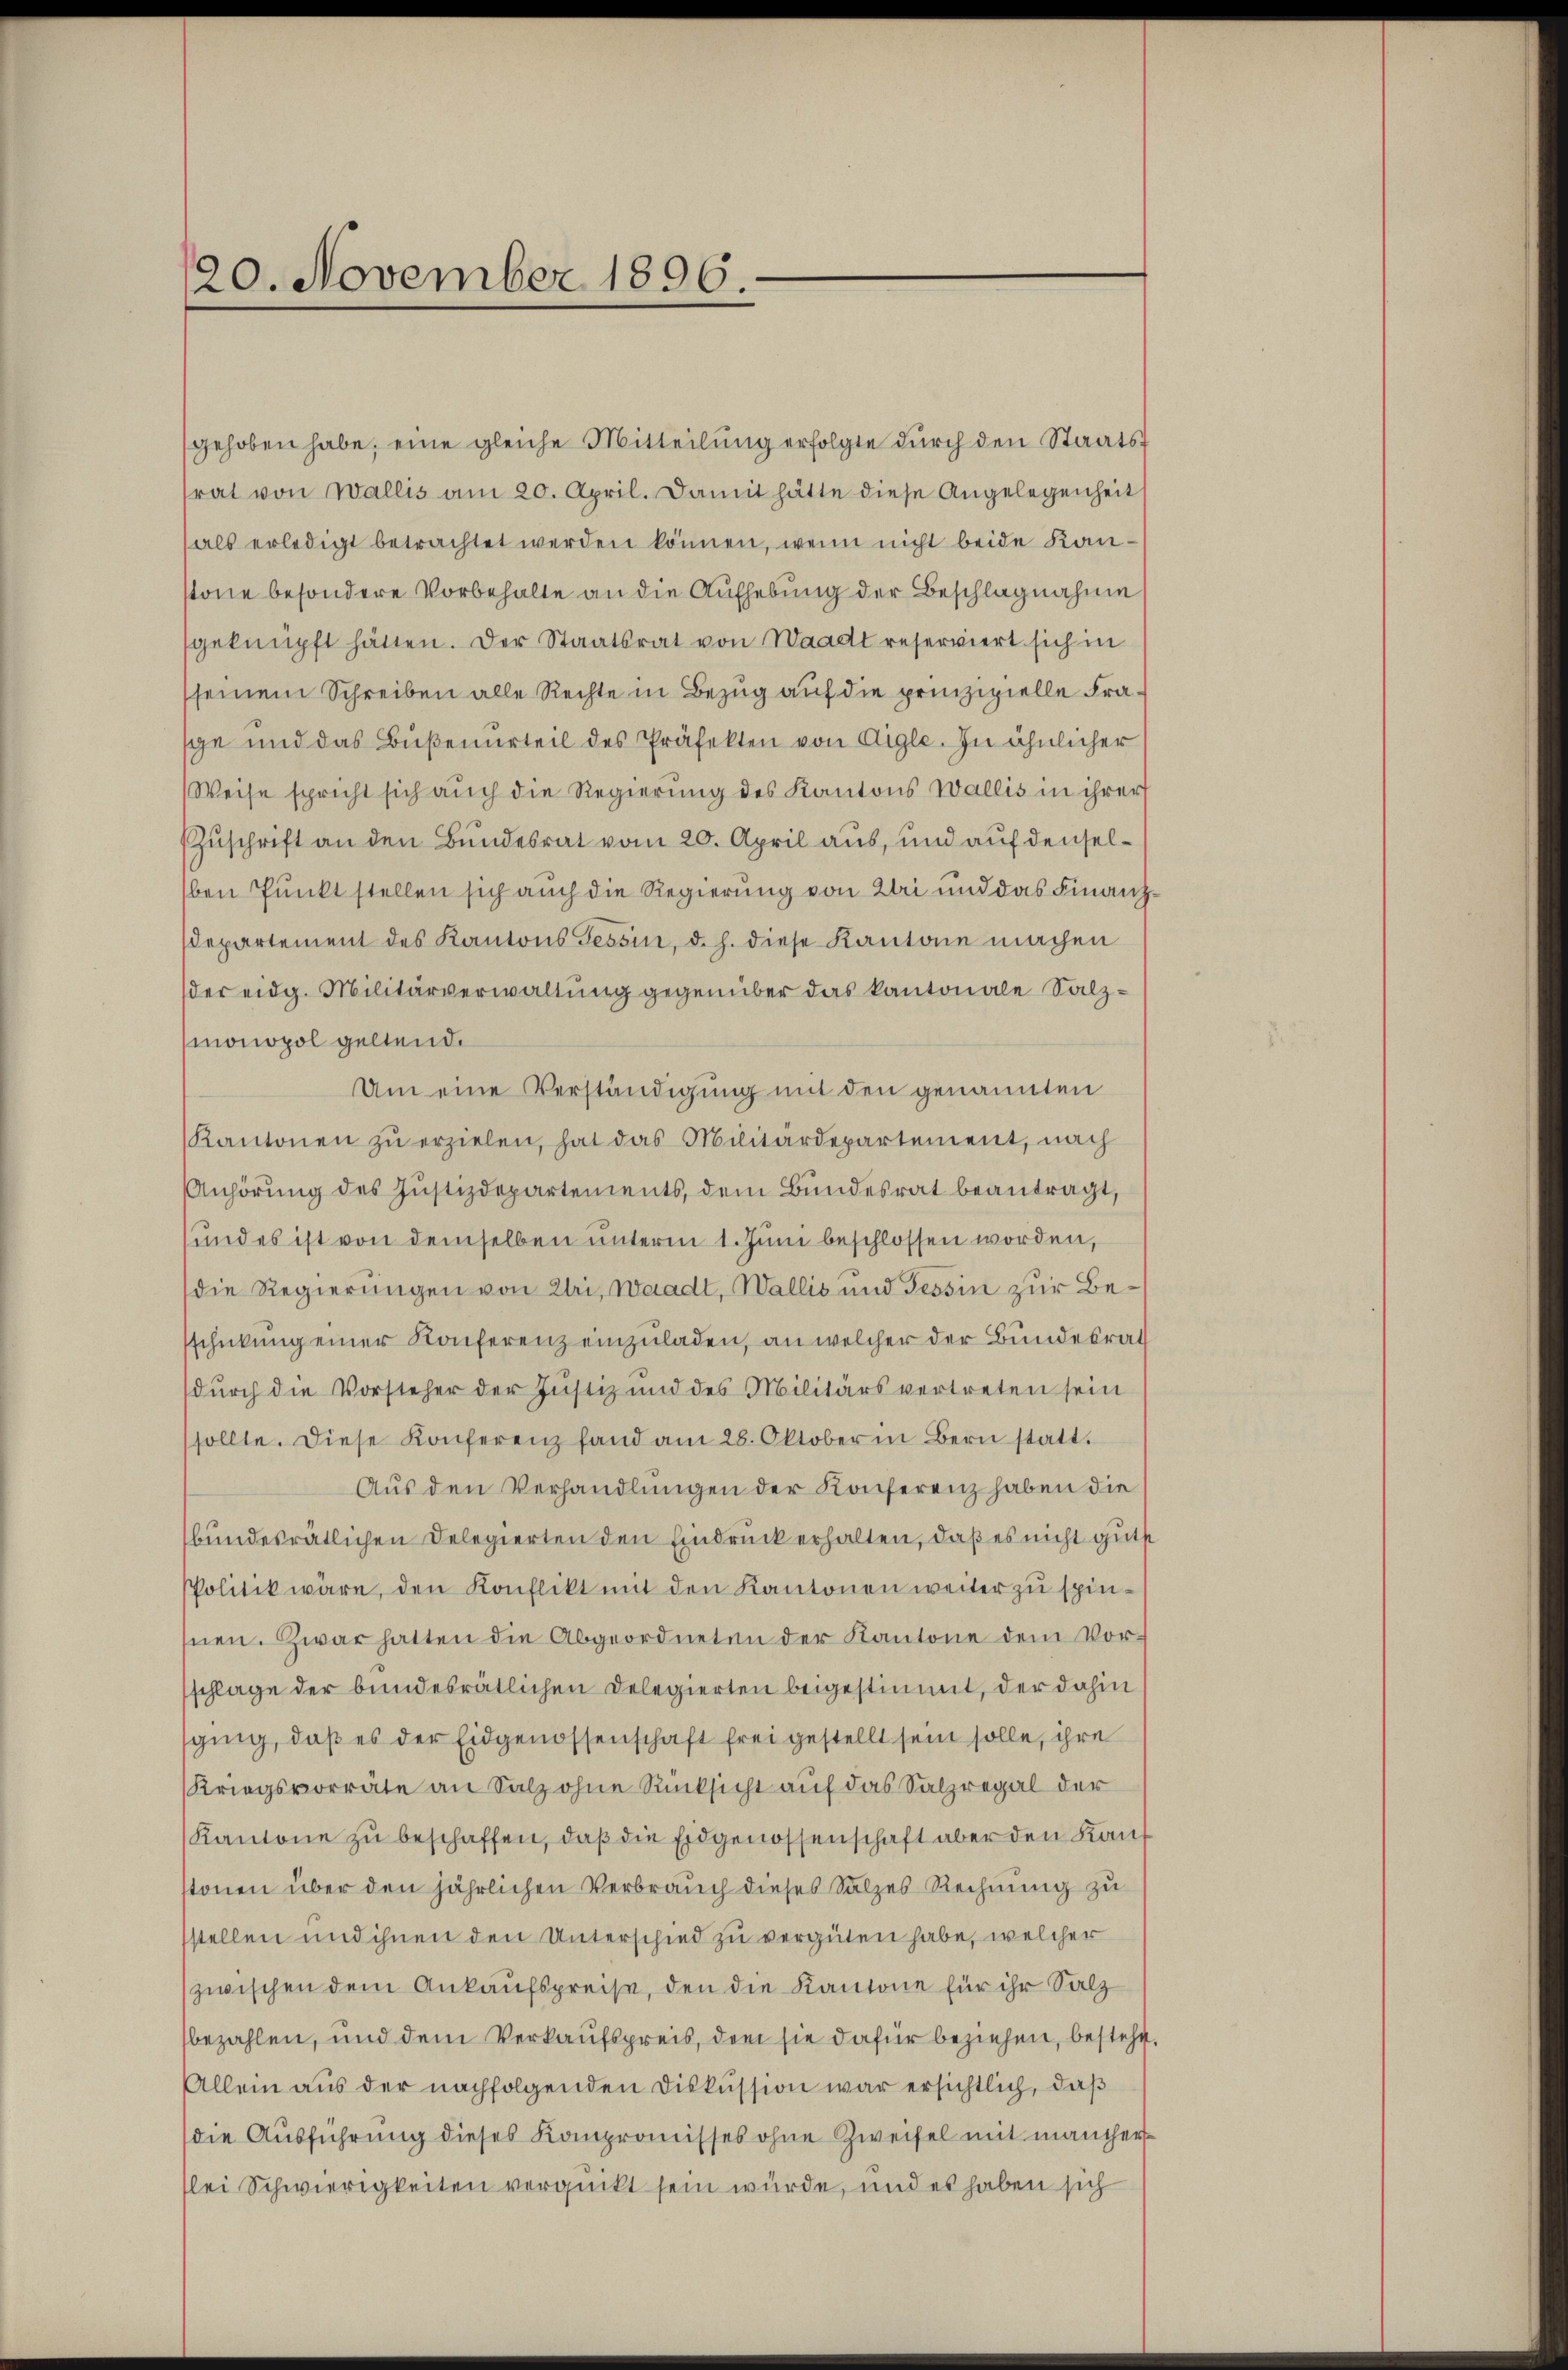
120. November 1896.

gehoben habe, eine gleiche Mitteilung erfolgte durch den Staatsrat von Wallis am 20. April. Damit hätte diese Angelegenheit
als erledigt betrachtet werden können, wenn nicht beide Kanstone besondere Vorbehalte an die Aufhebung der Beschlagnahme
geknüpft hätten. Der Staatsrat von Waadt reserviert sich in
seinem Schreiben alle Rechte in Bezug auf die prinzipielle Frasche und das Bŭβenurteil des Präfekten von Aigle. In ähnlicher
Weise spricht sich auch die Regierung des Kantons Wallis in ihrer
ZZuschrift an den Bundesrat vom 20. April aus, und auf denselben Punkt stellen sich auch die Regierung von bei und das Finanz¬
Departement des Kantons Tessin, d. h. diese Kantone machen
der eidg. Militärverwaltung gegenüber das kantonale Salzmonopol geltend.
Um eine Verständigung mit den genannten
Kantonen zŭ erzielen, hat das Militärdepartement, nach
Anhörung des Justizdepartements, dem Bundesrat beantragt,
und es ist von demselben unterm 1. Juni beschlossen worden,
die Regierungen von Uri, Waadt, Wallis und Tessin zur Beschickung einer Konferenz einzuladen, an welcher der Bundesrath
dŭrch die Vorsteher der Justiz und des Militärs vertreten sein
sollte. Diese Konferenz fand am 28. Oktober in Bern statt.
Aus den Verhandlungen der Konferenz haben die
bundesrätlichen Delegierten den Eindruck erhalten, daß es nicht gutst
PPolitik wäre, den Konflikt mit den Kantonen weiter zu spinsnen. Zwar hatten die Abgeordneten der Kantone dem Vorschlage der bundesrätlichen Delegierten beigestimmt, der dahin
sging, daß es der Eidgenossenschaft frei gestellt sein solle, ihre
Kriegsvorräte an Salz ohne Rücksicht auf das Salzregal der
Kantone zu beschaffen, daß die Eidgenossenschaft aber den Kauf
stonen über den jährlichen Verbrauch dieses Salzes Rechnung zu
stellen und ihnen den Unterschied zu vergüten habe, welcher
zwischen dem Ankaufspreise, den die Kantone für ihr Salz
bezahlen, und dem Verkaufspreis, dem sie dafür beziehen, besteht.
Allein aus der nachfolgenden Diskussion war ersichtlich, daß
(die Ausführung dieses Kompromisses ohne Zweifel mit mancher
lei Schwierigkeiten verguckt sein würde, und es haben sich